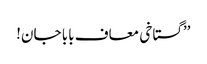
’’گستاخی معاف بابا جان!